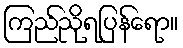
ကြည်ညိုရပြန်ရော။